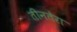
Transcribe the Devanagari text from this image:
तीनतेरा